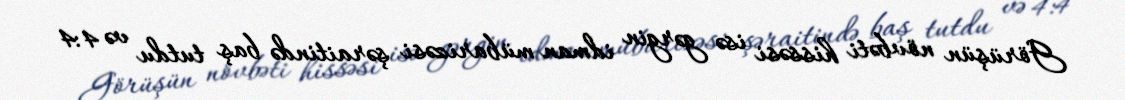
Görüşün növbəti hissəsi isə gərgin idman mübarizəsi şəraitində baş tutdu və 4:4